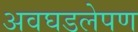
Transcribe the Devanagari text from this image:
अवघडलेपण